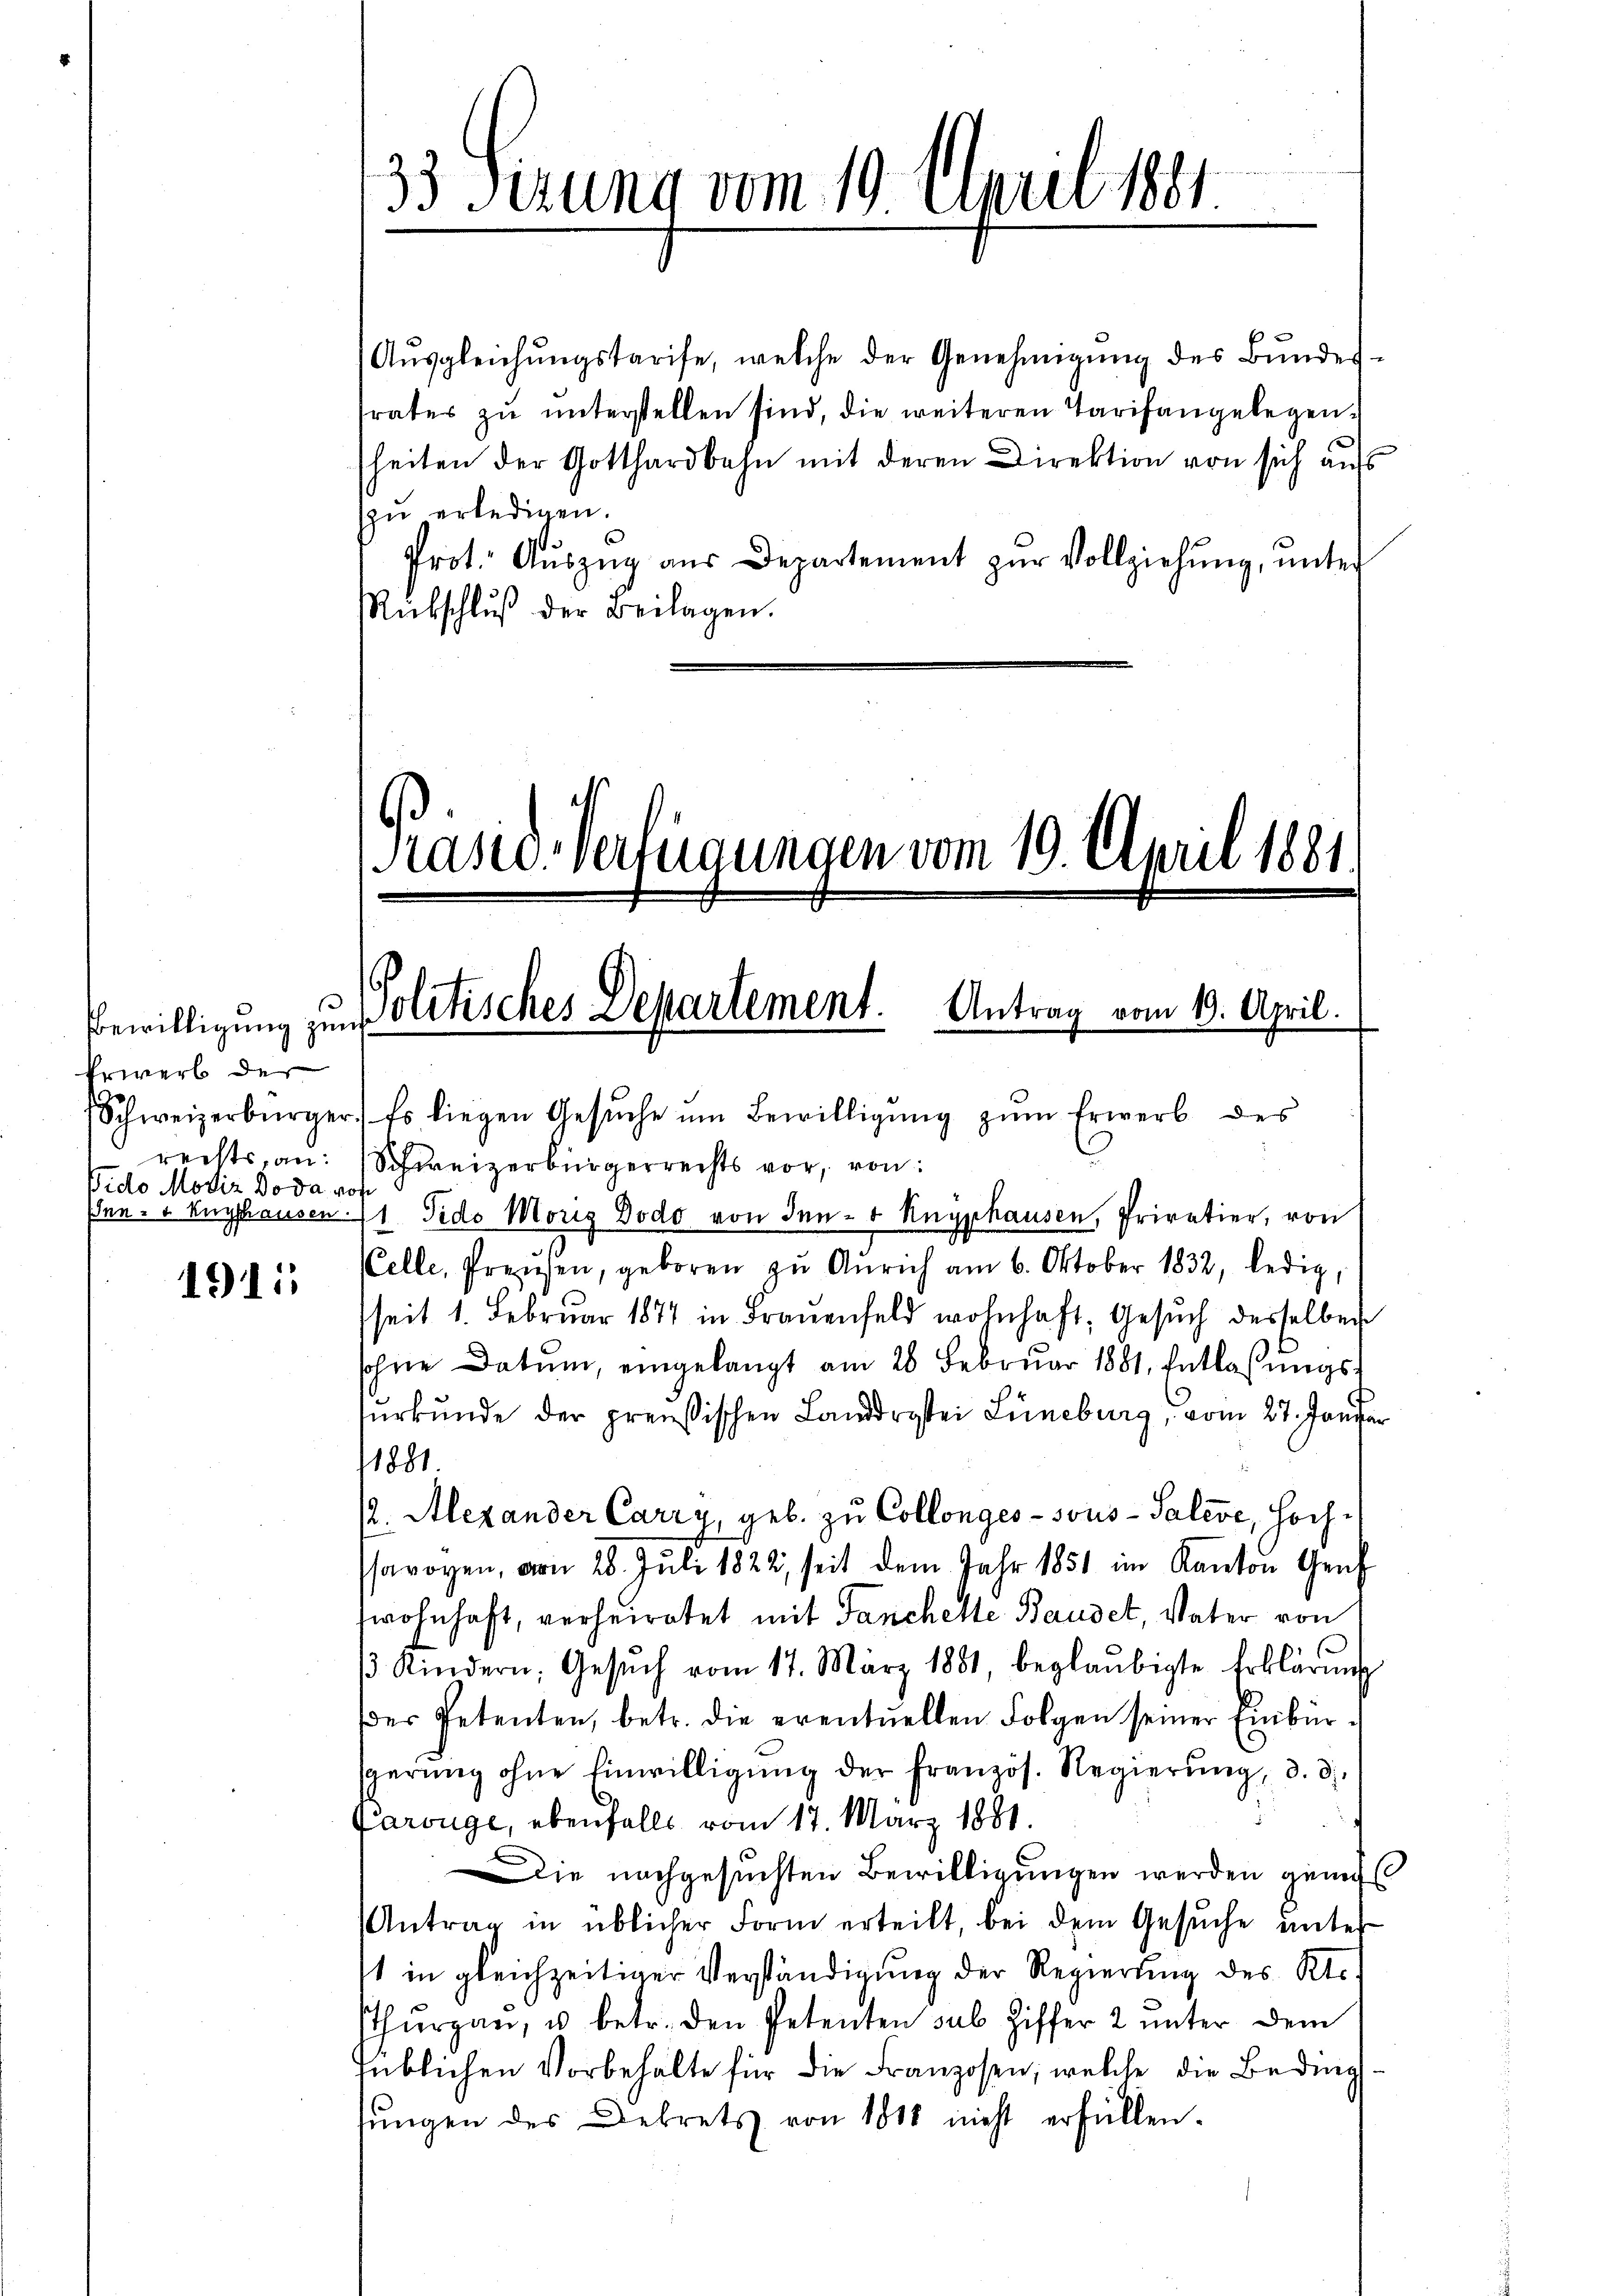
Erwerb der
rechts, an:
Vido Modiz do da rof

1911.

Aŭsgleichŭngstarife, welche der Genehmigŭng des Bŭndes-
frates zŭ ŭnterstellen sind, die weiteren Tarifangelegen-
heiten der Gotthardbahn mit deren Direktion von sich aufs
zŭ erledigen.
Prot. Aŭszŭg aŭs Departement zŭr Vollziehŭng ŭnter
Rütschlŭβ der Beilagen.

33 Fezung vom 19. April 1881

Präsid.-Verfügungen vom 19. April 1881.
Bewilligung zu Politisches Departement. Antrag vom 19. April.

Schweizerbürger. Es liegen Gesŭche ŭm Bewilligŭng zŭm Erwerb des
Schweizerbürgerrechts vor, von
Inn- & Eugshausen 1 Tido Moriz Dodo von Ien + Knyphausen, Privatier, von
Celle, Preisen, geboren zŭ Anrich am 6. Oktober 1832, ledig,
seit 1. Februar 1847 in Fraŭenfeld wohnhaft, Gesŭch desselben
sohne Datum, eingelangt am 28. Februar 1881. Entlassŭngs-
surkunde der preußischen Landrastei Lüneburg, vom 27. Januar
1881.
(. Alexander Carry, geb. zu Collonges - sous - Salise, Hochsavoyen, von 28. Juli 1822, seit dem Jahr 1851 im Kanton Gen
wohnhaft, verheiratet mit Fanchelte Baudet, Vater von
13 Kindern, Gesŭch vom 17. März 1881, beglaubigte Erklärŭng
der Petenten, betr. die eventuellen Folgen seiner Einbürgerŭng ohne Einwilligŭng der französ. Regierŭng, d. d.
Parouge, ebenfalls vom 17. März 1881.
Die nachgesuchten Bewilligungen werden genü
Antrag in üblicher Form erteilt, bei dem Gesuche unter
t in gleichzeitiger Verständigung der Regierung des Kts.
Thŭrgaŭ, u betr. den Petenten sub Ziffer 2 unter dem
Inblichen Vorbehalte für die Franzosen, welche die Beding
fŭngen des Dekrets von 1818 nicht erfüllen.